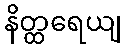
နိတ္ထရေယျ